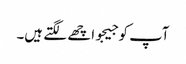
آپ کو جیجو اچھے لگتے ہیں۔